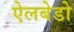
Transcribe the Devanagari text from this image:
ऐलबेडो